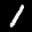
Label: 1